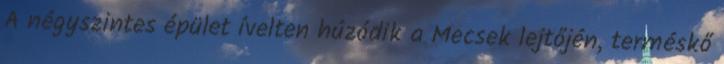
A négyszintes épület ívelten húzódik a Mecsek lejtőjén, terméskő